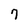
Character: 7